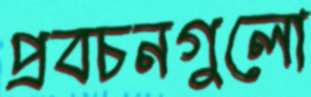
প্রবচনগুলো